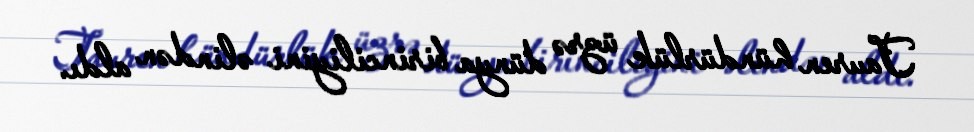
Tauren hündürlük üzrə dünya birinciliyini əlindən aldı.